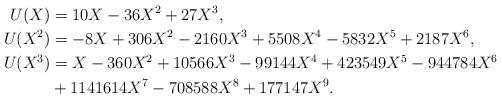
LaTeX: \begin{align*}U(X)&=10X- 36X^2+ 27X^3,\\U(X^2)&=-8X+306X^2-2160X^3+5508X^4-5832X^5+2187X^6,\\U(X^3)&=X- 360X^2+ 10566X^3- 99144X^4+ 423549X^5- 944784X^6\\&+ 1141614X^7 -708588X^8 +177147X^9.\end{align*}